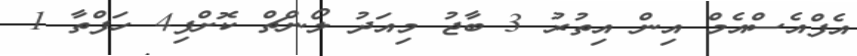
އެފްއެސްއެމް އިން އިތުރު 3 ބާޖު މިއަދު ލޯންޗް ކޮށްފި4 ހަފްތާ 1